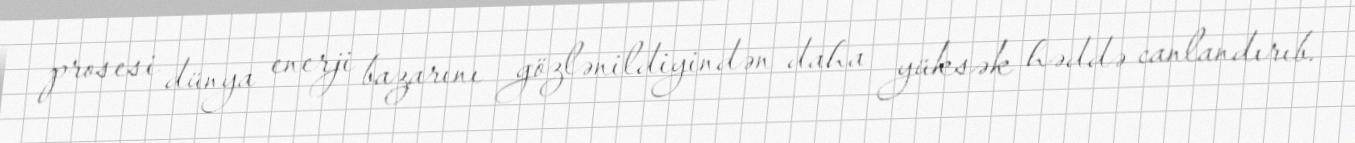
prosesi dünya enerji bazarını gözlənildiyindən daha yüksək həddə canlandırıb.